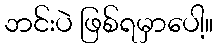
ဘင်းပဲ ဖြစ်ရမှာပေါ့။